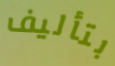
بتأليف